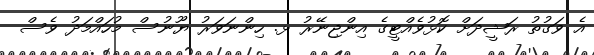
އެ ވަގުތު ރަޝީދަށް ކޮޅުވެއްޓީގެ އިންޖިނޭރު ޅ. ހިންނަވަރު ޔޫނުސް މުހައްމަދު ވެސް